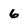
Character: 6